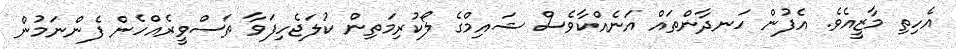
އެހިތި މާޒީއެވެ. އެފުން ހަނދާންތައް އަނެއްކާވެސް ޝައިމްގެ ލޯކުރިމަތިން ކުލަޖެހިފަވާ ތަސްވީރެއްހެން ފެންނަމުން